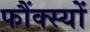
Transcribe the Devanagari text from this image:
फौंक्स्यों